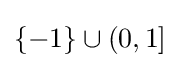
\{-1\}\cup (0,1]